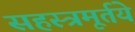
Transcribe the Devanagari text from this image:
सहस्त्रमूर्तये